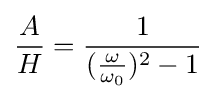
{\frac {A}{H}}={\frac {1}{({\frac {\omega }{\omega _{0}}})^{2}-1}}